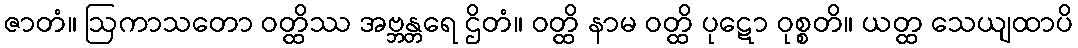
ဇာတံ။ ဩကာသတော ဝတ္ထိဿ အဗ္ဘန္တရေ ဌိတံ။ ဝတ္ထိ နာမ ဝတ္ထိ ပုဋော ဝုစ္စတိ။ ယတ္ထ သေယျထာပိ